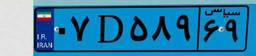
۰۷D۵۸۹۶۹